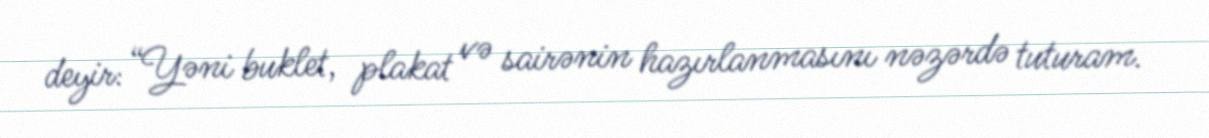
deyir: “Yəni buklet, plakat və sairənin hazırlanmasını nəzərdə tuturam.